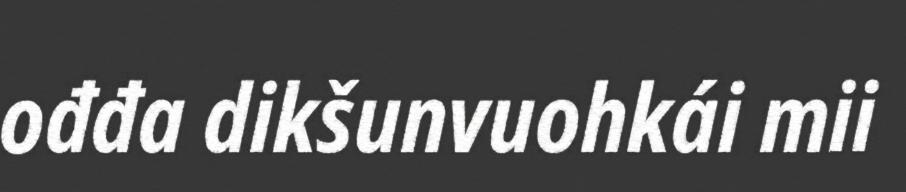
ođđa dikšunvuohkái mii